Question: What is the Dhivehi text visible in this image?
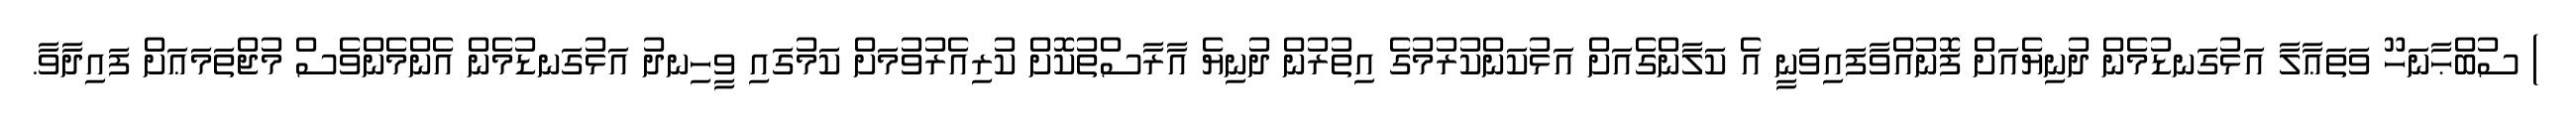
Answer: ) ސުބްޙާނަހޫ ވަތަޢާލާ އަޅުގަނޑުމެން ދުނިޔެއަށް ފޮނުއްވާފައިވަނީ އެ ކަލާންގެއަށް އަޅުކަންކުރުމުގެ އިތުރުން ދުނިޔެ އާރާސްތުކޮށް ކުރިއެރުވުމަށް ކަމުގައި ވީހިނދު އަޅުގަނޑުމެން އެންމެންވެސް މުޖްތަމަޢަށް ފައިދާވާ.